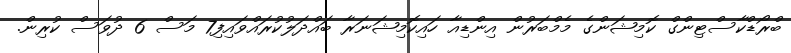
ބްރޯޑްކާސްޓިންގް ކޮމިޝަންގެ މެމްބަރުން އިންޑިއާ ހައިކޮމިޝަނަރާ ބައްދަލުކުރައްވައިފި7 މަސް 6 ދުވަސް ކުރިން.